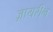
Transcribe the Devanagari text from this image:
ज़ायरीन